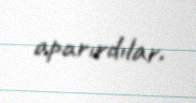
aparırdılar.